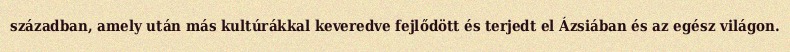
században, amely után más kultúrákkal keveredve fejlődött és terjedt el Ázsiában és az egész világon.